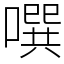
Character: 噀